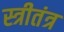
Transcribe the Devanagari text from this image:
स्त्रीतंत्र